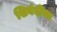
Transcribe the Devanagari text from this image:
शिबंदीचा